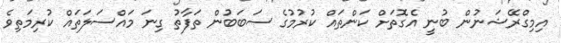
އިމިގްރޭޝަނުން ބުނީ އެގޮތަށް ކަންތައް ކުރުމުގެ ސަބަބުން ތަފާތު ގިނަ މައްސަލަތައް ކުރިމަތިވެ